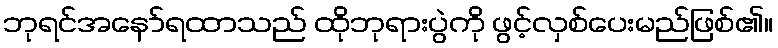
ဘုရင်အနော်ရထာသည် ထိုဘုရားပွဲကို ဖွင့်လှစ်ပေးမည်ဖြစ်၏။